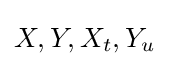
X,Y,X_{t},Y_{u}